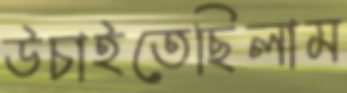
উচাইতেছিলাম